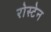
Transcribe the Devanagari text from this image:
रोस्टेन